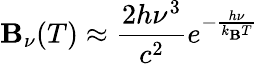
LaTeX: \mathbf{B}_{\nu}(T)\approx{\frac{{2h\nu^{3}}}{{c^{2}}}}e^{-{\frac{{h\nu}}{{k_{\mathrm{{\mathbf{B}}}}T}}}}